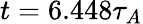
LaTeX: t=6.448\tau_{A}